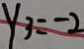
y _ { 3 } = - 2